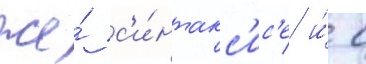
же́ с'и́нтакс'ис'е и́ с